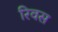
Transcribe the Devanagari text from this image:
रिवस